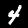
Label: 4